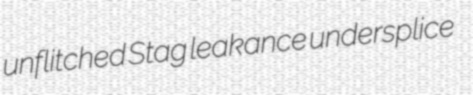
unflitched Stag leakance undersplice